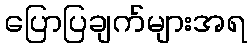
ပြောပြချက်များအရ